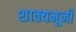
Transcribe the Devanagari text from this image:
शाक्यमूनी